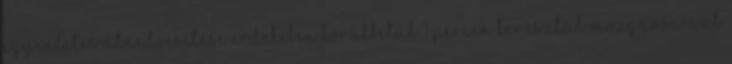
egyenletes átnedvesítése érdekében körülbelül 1 percen keresztül mozgassa azt